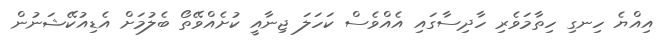
އިއްޔެ ހިނގި ހިތާމަވެރި ހާދިސާގައި އެއްވެސް ކަހަލަ ޖިނާއީ ކުށެއްވޭތޯ ބެލުމަށް އެޑިއުކޭޝަނުން